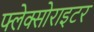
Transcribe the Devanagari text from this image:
फ्लेक्सोराइटर